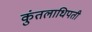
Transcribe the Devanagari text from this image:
कुंतलाधिपती